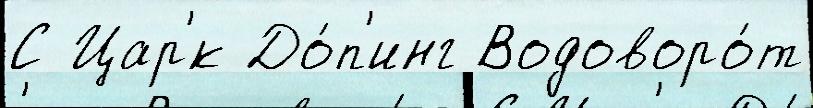
С Цар'́к До́п'инг Водоворо́т